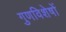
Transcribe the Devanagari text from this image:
गुणविशेषों